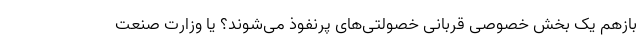
بازهم یک بخش خصوصی قربانی خصولتی‌های پرنفوذ می‌شوند؟ یا وزارت صنعت